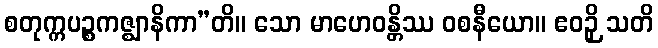
စတုက္ကပဉ္စကဇ္ဈာနိကာ”တိ။ သော မာဟေဝန္တိဿ ဝစနီယော။ ဧဝဉှိ သတိ